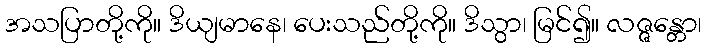
အသပြာတို့ကို။ ဒိယျမာနေ၊ ပေးသည်တို့ကို။ ဒိသွာ၊ မြင်၍။ လဇ္ဇန္တော၊